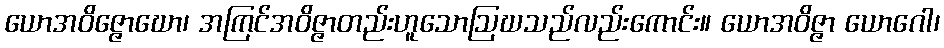
ယောအဝိဇ္ဇောဃော၊ အကြင်အဝိဇ္ဇာတည်းဟူသောဩဃသည်လည်းကောင်း။ ယောအဝိဇ္ဇာ ယောဂေါ၊